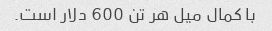
با کمال میل هر تن 600 دلار است.